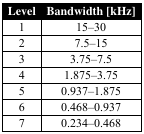
| Level | Bandwidth [kHz] |
 | --- | --- |
 | 1 | 15–30 |
 | 2 | 7.5–15 |
 | 3 | 3.75–7.5 |
 | 4 | 1.875–3.75 |
 | 5 | 0.937–1.875 |
 | 6 | 0.468–0.937 |
 | 7 | 0.234–0.468 |